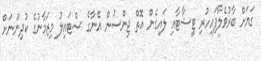
ގަޔަށް ބާރުވެލާފައިހުރި ޓީޝާޓާއި ލައިގެން އޮތް ޖިންސުން އޭނާގެ ސްޓައިލު މިޒަމާނުގެ ކުދިންނަށް